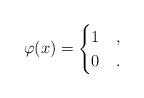
LaTeX: \begin{align*} \varphi(x)= \begin{cases} 1 & , \\ 0 & . \end{cases} \end{align*}